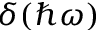
\delta ( \hbar \omega )